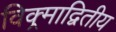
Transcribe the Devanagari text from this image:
विक्र्माद्वितीय